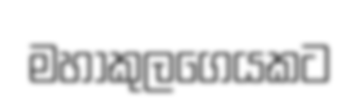
මහාකුලගෙයකට